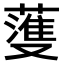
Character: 𫉯